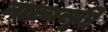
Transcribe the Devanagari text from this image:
नाट्यसृष्टि